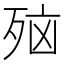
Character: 𪵂